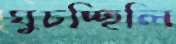
ঘুচচ্ছিলি